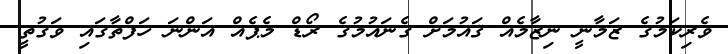
ވެރިކަމުގެ ޒަމާނީ ނިޒާމެއް ޤައުމަށް ގެނައުމުގެ ރޯޑް މެޕެއް އަންނަ ހަފްތާގައި ވަގުތީ